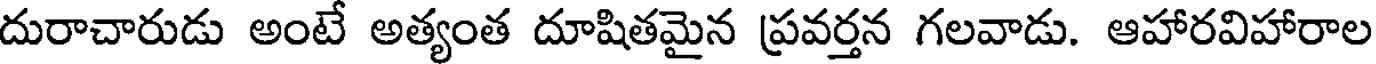
దురాచారుడు అంటే అత్యంత దూషితమైన ప్రవర్తన గలవాడు. ఆహారవిహారాల